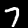
Digit: 7